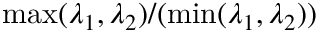
\operatorname* { m a x } ( \lambda _ { 1 } , \lambda _ { 2 } ) / ( \operatorname* { m i n } ( \lambda _ { 1 } , \lambda _ { 2 } ) )